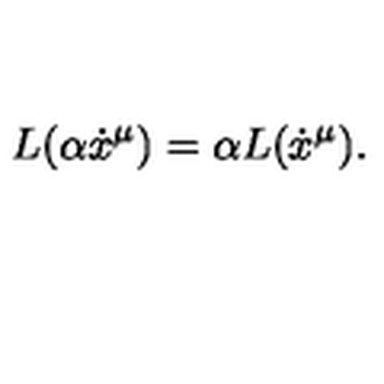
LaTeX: L ( \alpha \dot { x } ^ { \mu } ) = \alpha L ( \dot { x } ^ { \mu } ) .